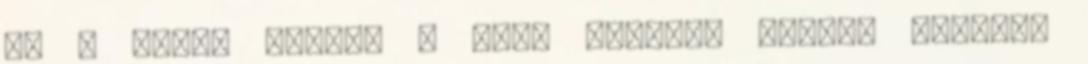
az a lány, persze a maga módján. Nagyon örülök,